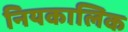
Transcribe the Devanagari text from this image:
नियकालिक